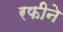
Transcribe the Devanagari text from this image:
रफीने